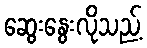
ဆွေးနွေးလိုသည့်